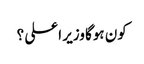
کون ہوگا وزیر اعلی ؟